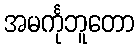
အမင်္ကုဘူတော